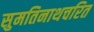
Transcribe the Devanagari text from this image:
सुमतिनाथचरित